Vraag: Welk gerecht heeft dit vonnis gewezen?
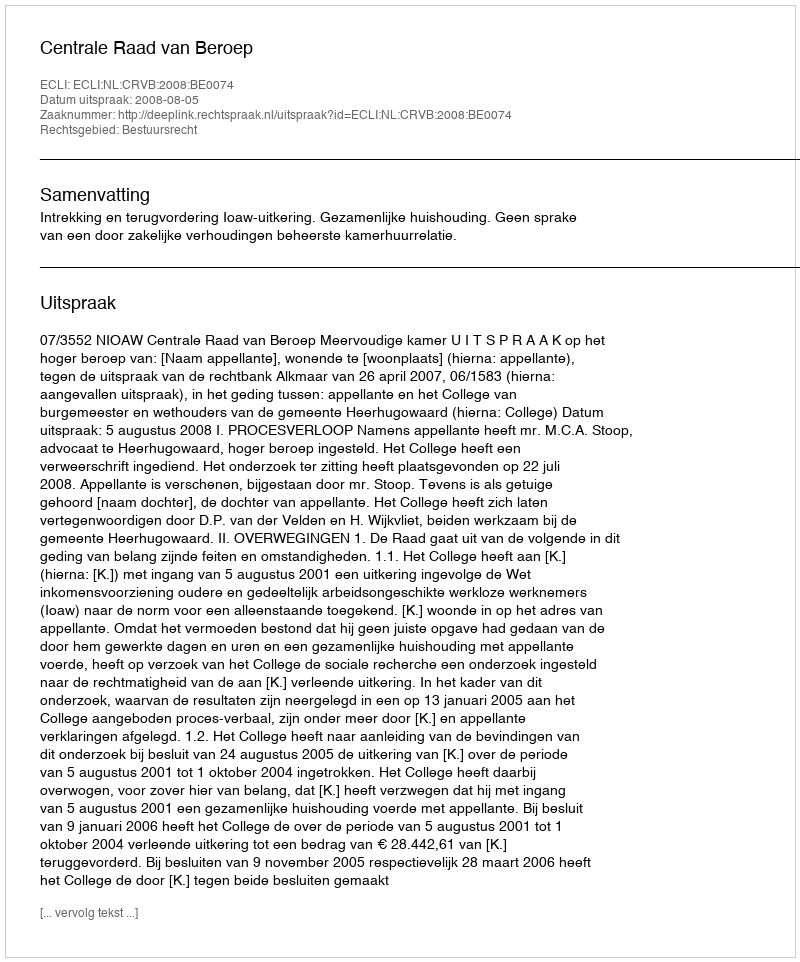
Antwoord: Centrale Raad van Beroep